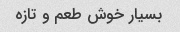
بسیار خوش طعم و تازه